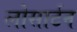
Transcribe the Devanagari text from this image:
लोसार्टन